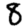
Digit: 8